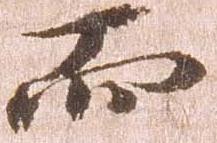
而